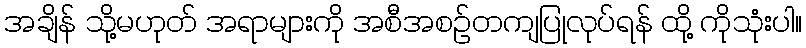
အချိန် သို့မဟုတ် အရာများကို အစီအစဉ်တကျပြုလုပ်ရန် ထို့ ကိုသုံးပါ။